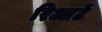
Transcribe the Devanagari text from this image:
रिआर्टे